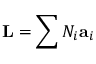
\mathbf { L } = \sum N _ { i } \mathbf { a } _ { i }